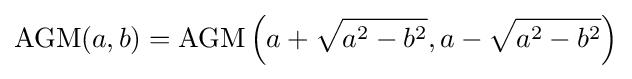
\operatorname {AGM} (a,b)=\operatorname {AGM} \left(a+{\sqrt {a^{2}-b^{2}}},a-{\sqrt {a^{2}-b^{2}}}\right)